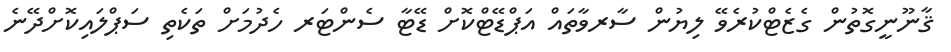
ޤާނޫނީގޮތުން ގެޒެޓްކުރެވޭ ލިޔުން ސާރވާތައް އަޕްޑޭޓްކޮށް ޑޭޓާ ސެންޓަރ ހެދުމަށް ތަކެތި ސަޕްލައިކޮށްދޭނެ